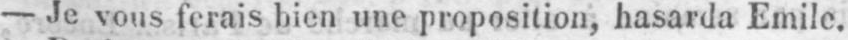
- Je vous ferais bien une proposition; hasarda Emile.